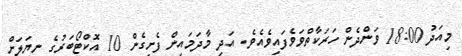
މިއަދު 18:00 ވަންދެން ހަރަކާތްވަވެފައިވެއެވެ. އަދި މާދަމައިން ފެށިގެން 10 އޮކްޓޯބަރުގެ ނިޔަލަށް